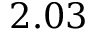
2 . 0 3